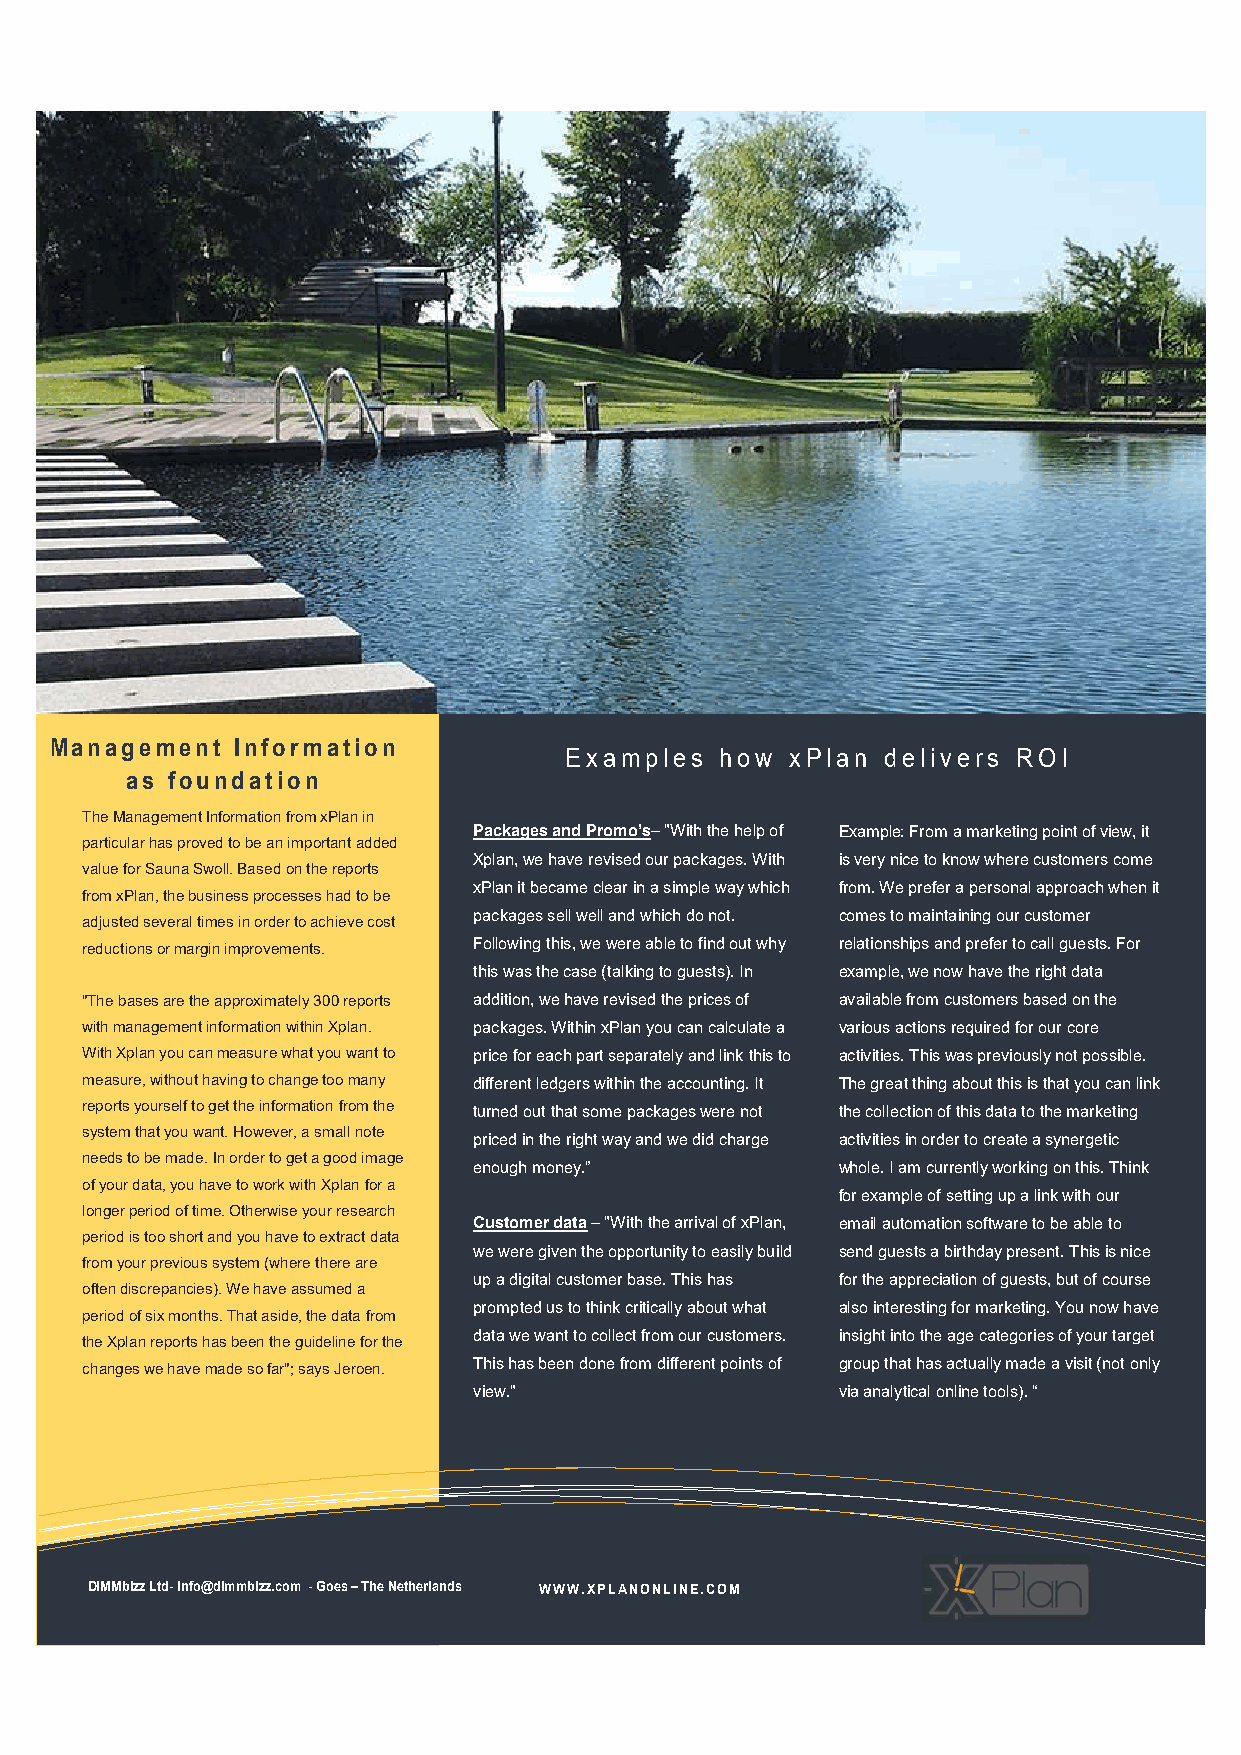
Management  Information
 Examples   how xPlan  delivers ROI
 as foundation
 The Management Information from xPlan in
 Packages and Promo’s– "With the help of Example: From a marketing point of view, it
 particular has proved to be an important added
 Xplan, we have revised our packages. With is very nice to know where customers come
 value for Sauna Swoll. Based on the reports
 xPlan it became clear in a simple way which from. We prefer a personal approach when it
 from xPlan, the business processes had to be
 adjusted several times in order to achieve cost
 packages sell well and which do not. comes to maintaining our customer
 reductions or margin improvements. Following this, we were able to find out why relationships and prefer to call guests. For
 this was the case (talking to guests). In example, we now have the right data
 "The bases are the approximately 300 reports addition, we have revised the prices of avcaoilansbelec tfertoumer cudsetleonmite rnso bbaiss.e dQ uoins thdee fui
 with management information within Xplan. packages. Within xPlan you can calculate a vaoridoiuos daicatmio nust ,r eaqnuteirheadb feoor ovuerl cqoureod sit.
 With Xplan you can measure what you want to price for each part separately and link this to ac Ativ ni tt eie hs a.
 b
 T eh oi s
 o
 pw ea ss
 s
 up sre civ pi eo ru es ply
 a
 n rao tut sp o ws iss ii b tele .
 measure, without having to change too many different ledgers within the accounting. It The great thing about this is that you can link
 quia. Dolore praesent nostrud, eros iriure
 reports yourself to get the information from the turned out that some packages were not the collection of this data to the marketing
 system that you want. However, a small note         enim vero autem quia luctus erat multo,
 priced in the right way and we did charge activities in order to create a synergetic
 needs to be made. In order to get a good image      virtus vero comis. Damnum os in neo
 enough money.”          whole. I am currently working on this. Think
 of your data, you have to work with Xplan for a
 forp elaxgaam pplrea eosf esnett tinvagl iud.p aB rleinvkit awsi thd ooulorr e,
 longer period of time. Otherwise your research
 Customer data – "With the arrival of xPlan, emreafiel raou, totomrqauteioon vsaoldftew aerae vteor ob ea natbelhea tboe o
 period is too short and you have to extract data
 we were given the opportunity to easily build send guests a birthday present. This is nice
 from your previous system (where there are          sit autem occuro, adsum. Luptatum
 up a digital customer base. This has for the appreciation of guests, but of course
 often discrepancies). We have assumed a             magna volutpat distineo.
 prompted us to think critically about what also interesting for marketing. You now have
 period of six months. That aside, the data from
 the Xplan reports has been the guideline for the
 data we want to collect from our customers. insight into the age categories of your target
 changes we have made so far"; says Jeroen. This has been done from different points of group that has actually made a visit (not only
 view."                  via analytical online tools). “
 DIMMbizz Ltd- info@dimmbizz.com - Goes – The Netherlands WWW.XPLANONLINE.COM